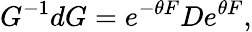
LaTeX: G^{-1}dG=e^{-\theta F}De^{\theta F},